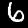
Digit: 6